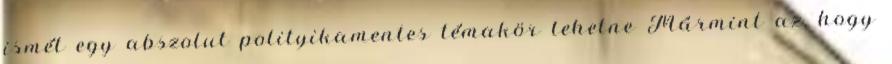
ismét egy abszolut polityikamentes témakör lehetne Mármint az, hogy